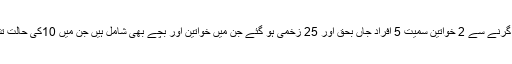
ڈیرہ غازی خان میں زائرین کی ٹریکٹر ٹرالی کھائی میں گرنے سے 2 خواتین سمیت 5 افراد جاں بحق اور 25 زخمی ہو گئے جن میں خواتین اور بچے بھی شامل ہیں جن میں 10کی حالت تشویشناک بتائی جاتی ہے انھیں قریبی اسپتال منتقل کیا گیا۔